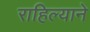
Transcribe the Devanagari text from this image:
राहिल्‍याने